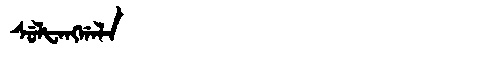
Manchu: ᠰᡠᠯᡶᠠᠩᡤᠠᠯᠠ
Romanization: SULFANGGALA